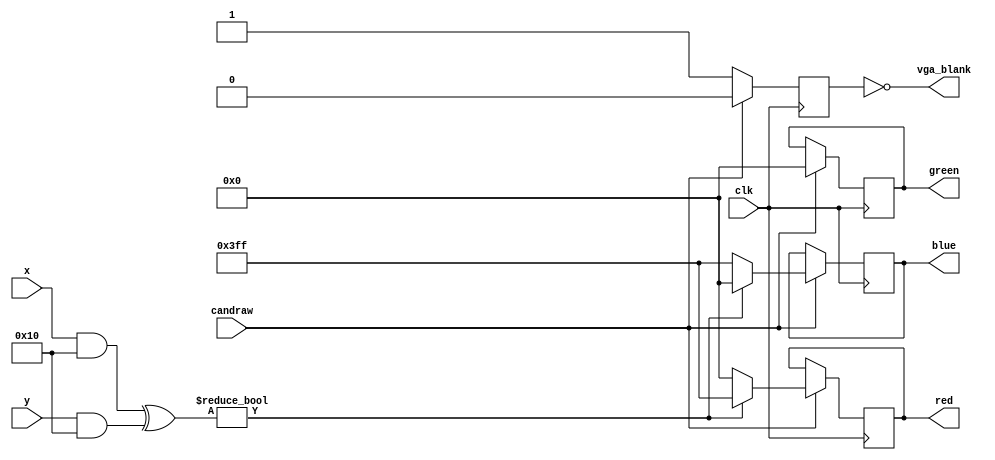
module renderer(
	input clk,
	input candraw,
	input [10:0] x,
	input [10:0] y,
	output reg [9:0] red,
	output reg [9:0] green,
	output reg [9:0] blue,
	output vga_blank
	);

	reg n_vga_blank;
	assign vga_blank = !n_vga_blank;
	
	always @(posedge clk) begin
		if (candraw) begin
		    n_vga_blank <= 1'b0;
			
			// output a red rectangle in the middle of the screen
			if (x & 11'b000_0001_0000 ^ y & 11'b000_0001_0000) begin
				red 	<= 10'b11_1111_1111;
				green 	<= 10'd0;
				blue	<= 10'd0;
			// with a blue background
			end else begin
				red		<= 10'd0;
				green	<= 10'd0;
				blue	<= 10'b11_1111_1111;
			end
		end else begin
			// if we are not in the visible area, we must set the screen blank
			n_vga_blank <= 1'b1;
		end
	end
endmodule